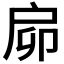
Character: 𢨺